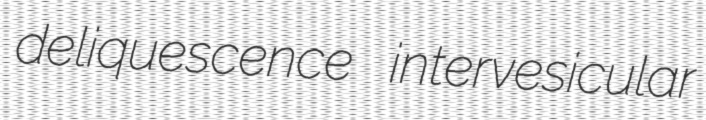
deliquescence intervesicular